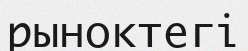
рыноктегі